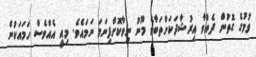
ވުމުގެ ގޮތުން ދެއްވާ އިރުޝާދަކަށްތަބާވެ މޫނު ނިވާކޮށްފިނަމަ ނަމައެވެ. މިއީ އެއްވެސް ހަމައަކުން